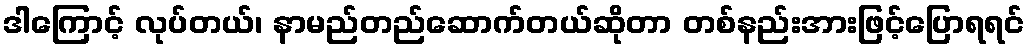
ဒါကြောင့် လုပ်တယ်၊ နာမည်တည်ဆောက်တယ်ဆိုတာ တစ်နည်းအားဖြင့်ပြောရရင်